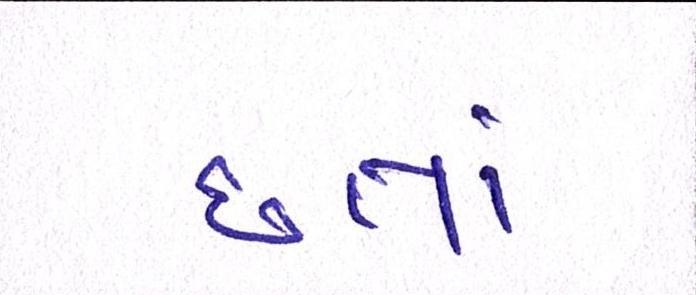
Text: છતાં